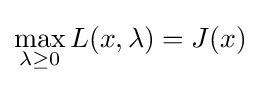
\max _{\lambda \geq 0}L(x,\lambda )=J(x)